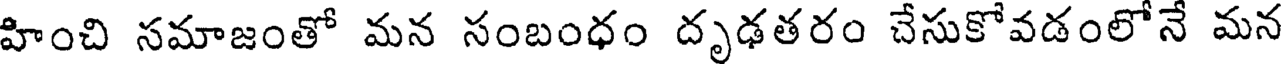
హించి సమాజంతో మన సంబంధం దృఢతరం చేసుకోవడంలోనే మన